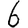
Digit: 6